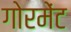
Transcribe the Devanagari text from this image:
गोरमेंट